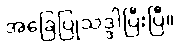
အခြေပြုသဒ္ဒါပြီးပြီ။